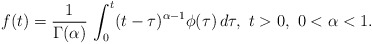
\begin{align*}f(t) = \frac{1}{\Gamma(\alpha)}\, \int_0^t (t-\tau)^{\alpha-1}\phi(\tau)\, d\tau, \ t>0,\ 0<\alpha <1.\end{align*}